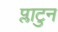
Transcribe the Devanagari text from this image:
प्लाटुन